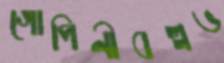
গোপিনীবল্লভ